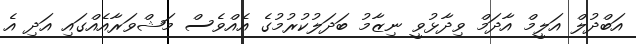
އަބްދުލް އަލީމް އާދަމް ވިދާޅުވީ ނިޒާމު ބަދަލުކުރުމުގެ އެއްވެސް މަޝްވަރާއެއްގައި އަދި އެ